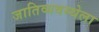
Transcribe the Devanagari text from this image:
जातिव्यवस्थेला